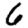
Digit: 6